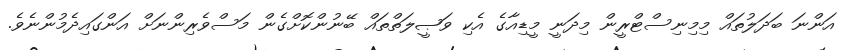
އަންނަ ބަދަލުތައް މިމިނިސްޓްރީން މިދަނީ މީޑިއާގެ އެކި ވަޞީލަތްތައް ބޭނުންކޮށްގެން މަސްވެރިންނަށް އަންގައިދެމުންނެވެ.